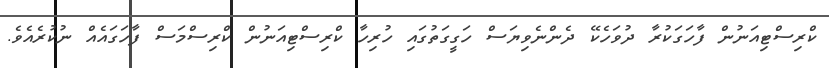
ކްރިސްޓިއަނުން ފާހަގަކުރާ ދުވަހެކޭ ދެންނެވިޔަސް ހަގީގަތުގައި ހުރިހާ ކްރިސްޓިއަނުން ކްރިސްމަސް ފާހަގައެއް ނުކުރެއެވެ.